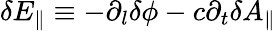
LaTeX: \delta E_{\parallel}\equiv-\partial_{l}\delta\phi-c\partial_{t}\delta A_{\parallel}